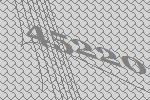
45220